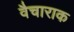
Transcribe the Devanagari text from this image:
वैचाराक